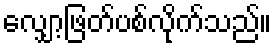
လျှော့ဖြတ်ပစ်လိုက်သည်။